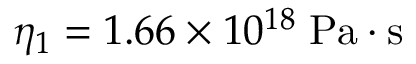
\eta _ { 1 } = 1 . 6 6 \times 1 0 ^ { 1 8 } \; \mathrm { P a \cdot s }